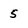
Character: 5